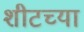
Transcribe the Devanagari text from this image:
शीटच्या